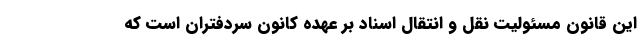
این قانون مسئولیت نقل و انتقال اسناد بر عهده کانون سردفتران است که